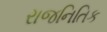
રાજનિતિક